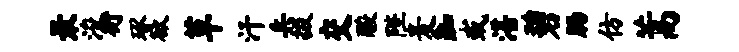
最浚衍琢欲草汗兵掇交酸陛麦踟或湛碧肠仿蒿